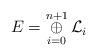
LaTeX: \begin{align*} E = \mathop{\oplus}\limits_{i=0}^{n+1} \mathcal{L}_i \end{align*}